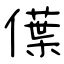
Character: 僷